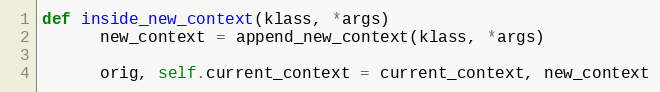
Language: Ruby
def inside_new_context(klass, *args)
      new_context = append_new_context(klass, *args)

      orig, self.current_context = current_context, new_context